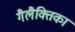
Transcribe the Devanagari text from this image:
गैलैक्तिका